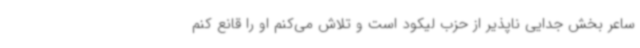
ساعر بخش جدایی ناپذیر از حزب لیکود است و تلاش می‌کنم او را قانع کنم